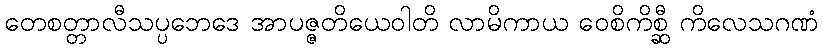
တေစတ္တာလီသပ္ပဘေဒေ အာပဇ္ဇတိယေဝါတိ လာမိကာယ ဝေစိကိစ္ဆီ ကိလေသဂဏံ